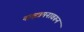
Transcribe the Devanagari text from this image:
नाक्षत्रमनावरून